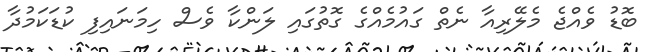
ބޮޑު ވެއްޖެ މެލޭރިއާ ނެތް ގައުމެއްގެ ގޮތުގައި ލަންކާ ވެސް ހިމަނައިފި ކުޑަކަމުދާ